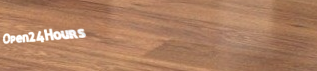
Open24Hours